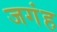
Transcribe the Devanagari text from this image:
जगंह